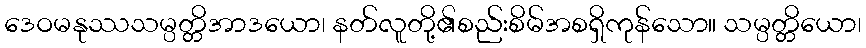
ဒေဝမနုဿသမ္ပတ္တိအာဒယော၊ နတ်လူတို့၏စည်းစိမ်အစရှိကုန်သော။ သမ္ပတ္တိယော၊